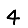
Digit: 4